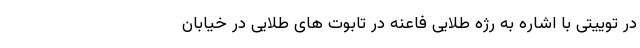
در توییتی با اشاره به رژه طلایی فاعنه در تابوت های طلایی در خیابان